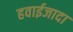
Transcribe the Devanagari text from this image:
हवाईजादा